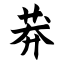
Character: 莽